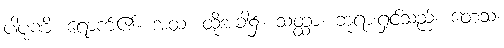
ပါပုဏိ၊ ရောက်၏။ အထ၊ ထိုအခါ၌။ သတ္ထာ၊ ဘုရားရှင်သည်။ တေသံ၊